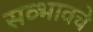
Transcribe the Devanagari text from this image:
सव्भावचे